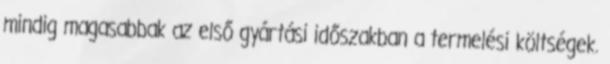
mindig magasabbak az első gyártási időszakban a termelési költségek.